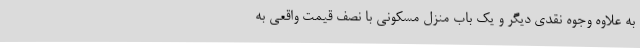
به علاوه وجوه نقدی دیگر و یک باب منزل مسکونی با نصف قیمت واقعی به